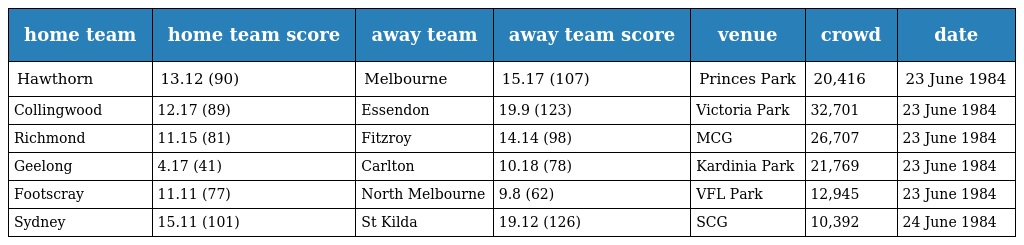
| home team | home team score | away team | away team score | venue | crowd | date |
 | --- | --- | --- | --- | --- | --- | --- |
 | Hawthorn | 13.12 (90) | Melbourne | 15.17 (107) | Princes Park | 20,416 | 23 June 1984 |
 | Collingwood | 12.17 (89) | Essendon | 19.9 (123) | Victoria Park | 32,701 | 23 June 1984 |
 | Richmond | 11.15 (81) | Fitzroy | 14.14 (98) | MCG | 26,707 | 23 June 1984 |
 | Geelong | 4.17 (41) | Carlton | 10.18 (78) | Kardinia Park | 21,769 | 23 June 1984 |
 | Footscray | 11.11 (77) | North Melbourne | 9.8 (62) | VFL Park | 12,945 | 23 June 1984 |
 | Sydney | 15.11 (101) | St Kilda | 19.12 (126) | SCG | 10,392 | 24 June 1984 |